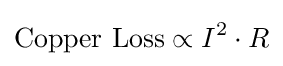
{\mbox{Copper Loss}}\propto I^{2}\cdot R